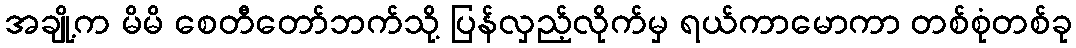
အချို့က မိမိ စေတီတော်ဘက်သို့ ပြန်လှည့်လိုက်မှ ရယ်ကာမောကာ တစ်စုံတစ်ခု